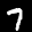
Label: 7